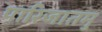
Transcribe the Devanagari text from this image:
पारिजातमु